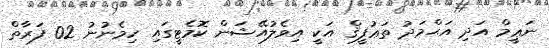
ނަޢީމް އަދި އަޙްމަދު ތަޢުފީޤް އަކީ އިވެލުއޭޝަން ކޮމެޓީގައި ހިމެނުނު 02 ފަރާތް